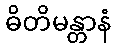
ဓိတိမန္တာနံ